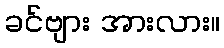
ခင်ဗျား အားလား။